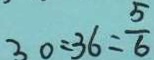
3 0 : 3 6 = \frac { 5 } { 6 }